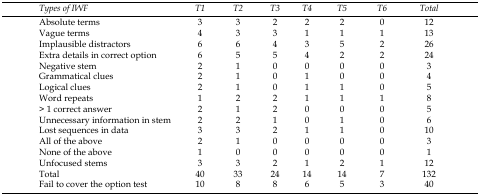
| Types of IWF | T1 | T2 | T3 | T4 | T5 | T6 | Total |
 | --- | --- | --- | --- | --- | --- | --- | --- |
 | Absolute terms | 3 | 3 | 2 | 2 | 2 | 0 | 12 |
 | Vague terms | 4 | 3 | 3 | 1 | 1 | 1 | 13 |
 | Implausible distractors | 6 | 6 | 4 | 3 | 5 | 2 | 26 |
 | Extra details in correct option | 6 | 5 | 5 | 4 | 2 | 2 | 24 |
 | Negative stem | 2 | 1 | 0 | 0 | 0 | 0 | 3 |
 | Grammatical clues | 2 | 1 | 0 | 1 | 0 | 0 | 4 |
 | Logical clues | 2 | 1 | 0 | 1 | 1 | 0 | 5 |
 | Word repeats | 1 | 2 | 2 | 1 | 1 | 1 | 8 |
 | > 1 correct answer | 2 | 1 | 2 | 0 | 0 | 0 | 5 |
 | Unnecessary information in stem | 2 | 2 | 1 | 0 | 1 | 0 | 6 |
 | Lost sequences in data | 3 | 3 | 2 | 1 | 1 | 0 | 10 |
 | All of the above | 2 | 1 | 0 | 0 | 0 | 0 | 3 |
 | None of the above | 1 | 0 | 0 | 0 | 0 | 0 | 1 |
 | Unfocused stems | 3 | 3 | 2 | 1 | 2 | 1 | 12 |
 | Total | 40 | 33 | 24 | 14 | 14 | 7 | 132 |
 | Fail to cover the option test | 10 | 8 | 8 | 6 | 5 | 3 | 40 |